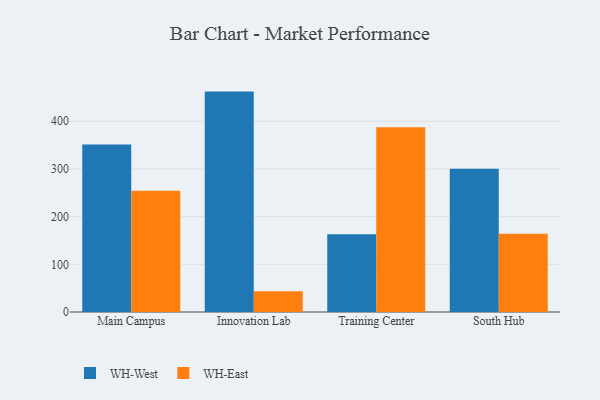
{"axis": {"x": "Campus", "y": "Churn Rate (%)"}, "legend": ["WH-East", "WH-West"], "data": [{"x": "Main Campus", "y": 351.4, "type": "WH-West"}, {"x": "Main Campus", "y": 254.2, "type": "WH-East"}, {"x": "Innovation Lab", "y": 462.2, "type": "WH-West"}, {"x": "Innovation Lab", "y": 43.6, "type": "WH-East"}, {"x": "Training Center", "y": 163.0, "type": "WH-West"}, {"x": "Training Center", "y": 387.7, "type": "WH-East"}, {"x": "South Hub", "y": 300.5, "type": "WH-West"}, {"x": "South Hub", "y": 164.3, "type": "WH-East"}]}